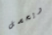
ويحصل